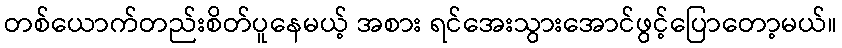
တစ်ယောက်တည်းစိတ်ပူနေမယ့် အစား ရင်အေးသွားအောင်ဖွင့်ပြောတော့မယ်။